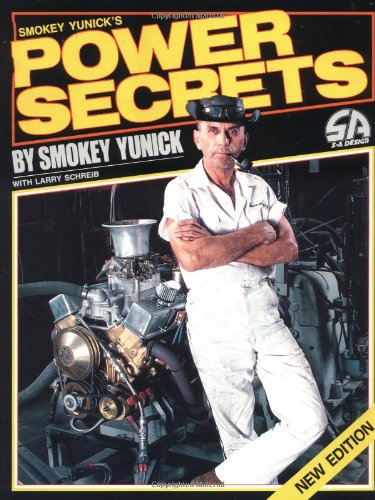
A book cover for Smokey Yunick's Power Secrets; Smokey Yunick; Engineering & Transportation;